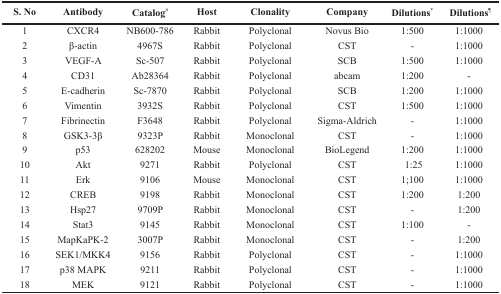
<table><thead><tr><td><b>S. No</b></td><td><b>Antibody</b></td><td><b>Catalog<sup>#</sup></b></td><td><b>Host</b></td><td><b>Clonality</b></td><td><b>Company</b></td><td><b>Dilutions*</b></td><td><b>Dilutions<sup>¶</sup></b></td></tr></thead><tbody><tr><td>1</td><td>CXCR4</td><td>NB600-786</td><td>Rabbit</td><td>Polyclonal</td><td>Novus Bio</td><td>1:500</td><td>1:1000</td></tr><tr><td>2</td><td>β-actin</td><td>4967S</td><td>Rabbit</td><td>Polyclonal</td><td>CST</td><td>-</td><td>1:1000</td></tr><tr><td>3</td><td>VEGF-A</td><td>Sc-507</td><td>Rabbit</td><td>Polyclonal</td><td>SCB</td><td>1:500</td><td>1:1000</td></tr><tr><td>4</td><td>CD31</td><td>Ab28364</td><td>Rabbit</td><td>Polyclonal</td><td>abcam</td><td>1:200</td><td>-</td></tr><tr><td>5</td><td>E-cadherin</td><td>Sc-7870</td><td>Rabbit</td><td>Polyclonal</td><td>SCB</td><td>1:200</td><td>1:1000</td></tr><tr><td>6</td><td>Vimentin</td><td>3932S</td><td>Rabbit</td><td>Polyclonal</td><td>CST</td><td>1:500</td><td>1:1000</td></tr><tr><td>7</td><td>Fibrinectin</td><td>F3648</td><td>Rabbit</td><td>Polyclonal</td><td>Sigma-Aldrich</td><td>-</td><td>1:1000</td></tr><tr><td>8</td><td>GSK3-3β</td><td>9323P</td><td>Rabbit</td><td>Monoclonal</td><td>CST</td><td>-</td><td>1:1000</td></tr><tr><td>9</td><td>p53</td><td>628202</td><td>Mouse</td><td>Monoclonal</td><td>BioLegend</td><td>1:200</td><td>1:1000</td></tr><tr><td>10</td><td>Akt</td><td>9271</td><td>Rabbit</td><td>Polyclonal</td><td>CST</td><td>1:25</td><td>1:1000</td></tr><tr><td>11</td><td>Erk</td><td>9106</td><td>Mouse</td><td>Monoclonal</td><td>CST</td><td>1;100</td><td>1:1000</td></tr><tr><td>12</td><td>CREB</td><td>9198</td><td>Rabbit</td><td>Monoclonal</td><td>CST</td><td>1:200</td><td>1:200</td></tr><tr><td>13</td><td>Hsp27</td><td>9709P</td><td>Rabbit</td><td>Monoclonal</td><td>CST</td><td>-</td><td>1:200</td></tr><tr><td>14</td><td>Stat3</td><td>9145</td><td>Rabbit</td><td>Monoclonal</td><td>CST</td><td>1:100</td><td>-</td></tr><tr><td>15</td><td>MapKaPK-2</td><td>3007P</td><td>Rabbit</td><td>Monoclonal</td><td>CST</td><td>-</td><td>1:200</td></tr><tr><td>16</td><td>SEK1/MKK4</td><td>9156</td><td>Rabbit</td><td>Polyclonal</td><td>CST</td><td>-</td><td>1:1000</td></tr><tr><td>17</td><td>p38 MAPK</td><td>9211</td><td>Rabbit</td><td>Polyclonal</td><td>CST</td><td>-</td><td>1:1000</td></tr><tr><td>18</td><td>MEK</td><td>9121</td><td>Rabbit</td><td>Polyclonal</td><td>CST</td><td>-</td><td>1:1000</td></tr></tbody></table>